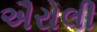
ઐરોલી